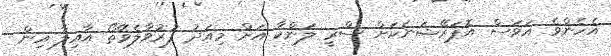
އެހެންވެ އަވަސް އޮޕަރޭޝަނަކަށް ސްރީ ލަންކާ އަށް މިއަދު ފުރުވާލެވޭތޯ އާއިލާ އިން